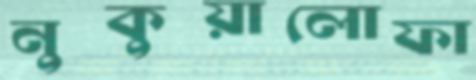
নুকুয়ালোফা